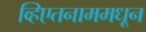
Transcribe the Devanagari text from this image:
व्हिएतनाममधून